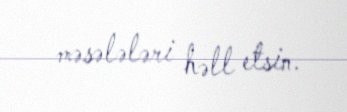
məsələləri həll etsin.